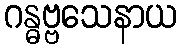
ဂန္ဓဗ္ဗသေနာယ